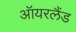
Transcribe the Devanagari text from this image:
ऑयरलैंड